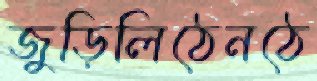
জুড়িলিঠেনঠে